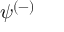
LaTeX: \psi ^ { ( - ) }